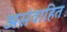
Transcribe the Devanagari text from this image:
असंवाहित